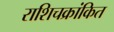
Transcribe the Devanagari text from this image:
राशिचक्रांकित